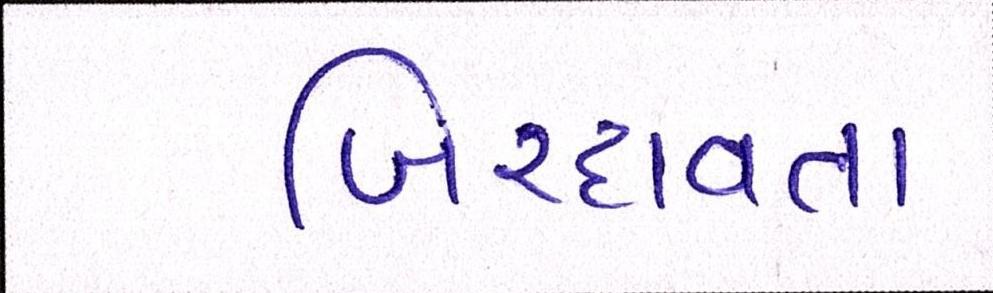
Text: બિરદાવતા